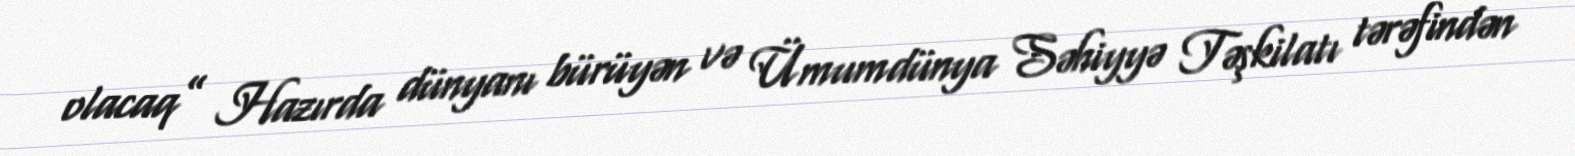
olacaq” Hazırda dünyanı bürüyən və Ümumdünya Səhiyyə Təşkilatı tərəfindən